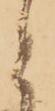
と